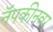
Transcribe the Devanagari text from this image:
नॅपकीनवर